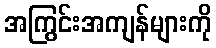
အကြွင်းအကျန်များကို